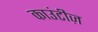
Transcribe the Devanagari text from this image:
काउंटीज़